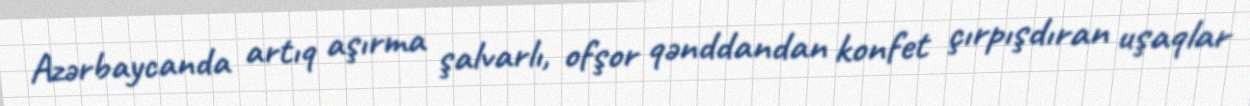
Azərbaycanda artıq aşırma şalvarlı, ofşor qənddandan konfet çırpışdıran uşaqlar